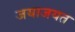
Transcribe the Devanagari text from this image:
जयाजयत